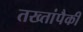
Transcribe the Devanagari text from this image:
तख्तांपैकी